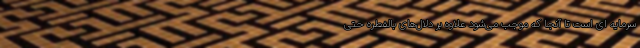
سرمایه ای است تا آنجا که موجب می‌شود علاوه بر دلال‌های بالفطره حتی